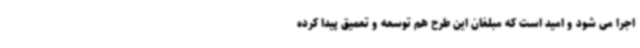
اجرا می شود و امید است که مبلغان این طرح هم توسعه و تعمیق پیدا کرده